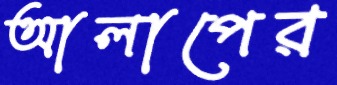
আলাপের